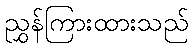
ညွှန်ကြားထားသည်